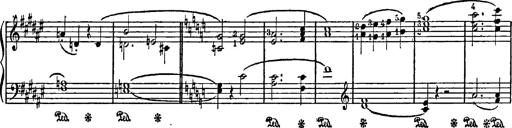
Title: Feierlicher Marsch zum heiligen Gral aus Parsifal
Composer: Franz Liszt